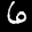
Label: 6